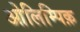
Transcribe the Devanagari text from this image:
ओलिम्पिक़